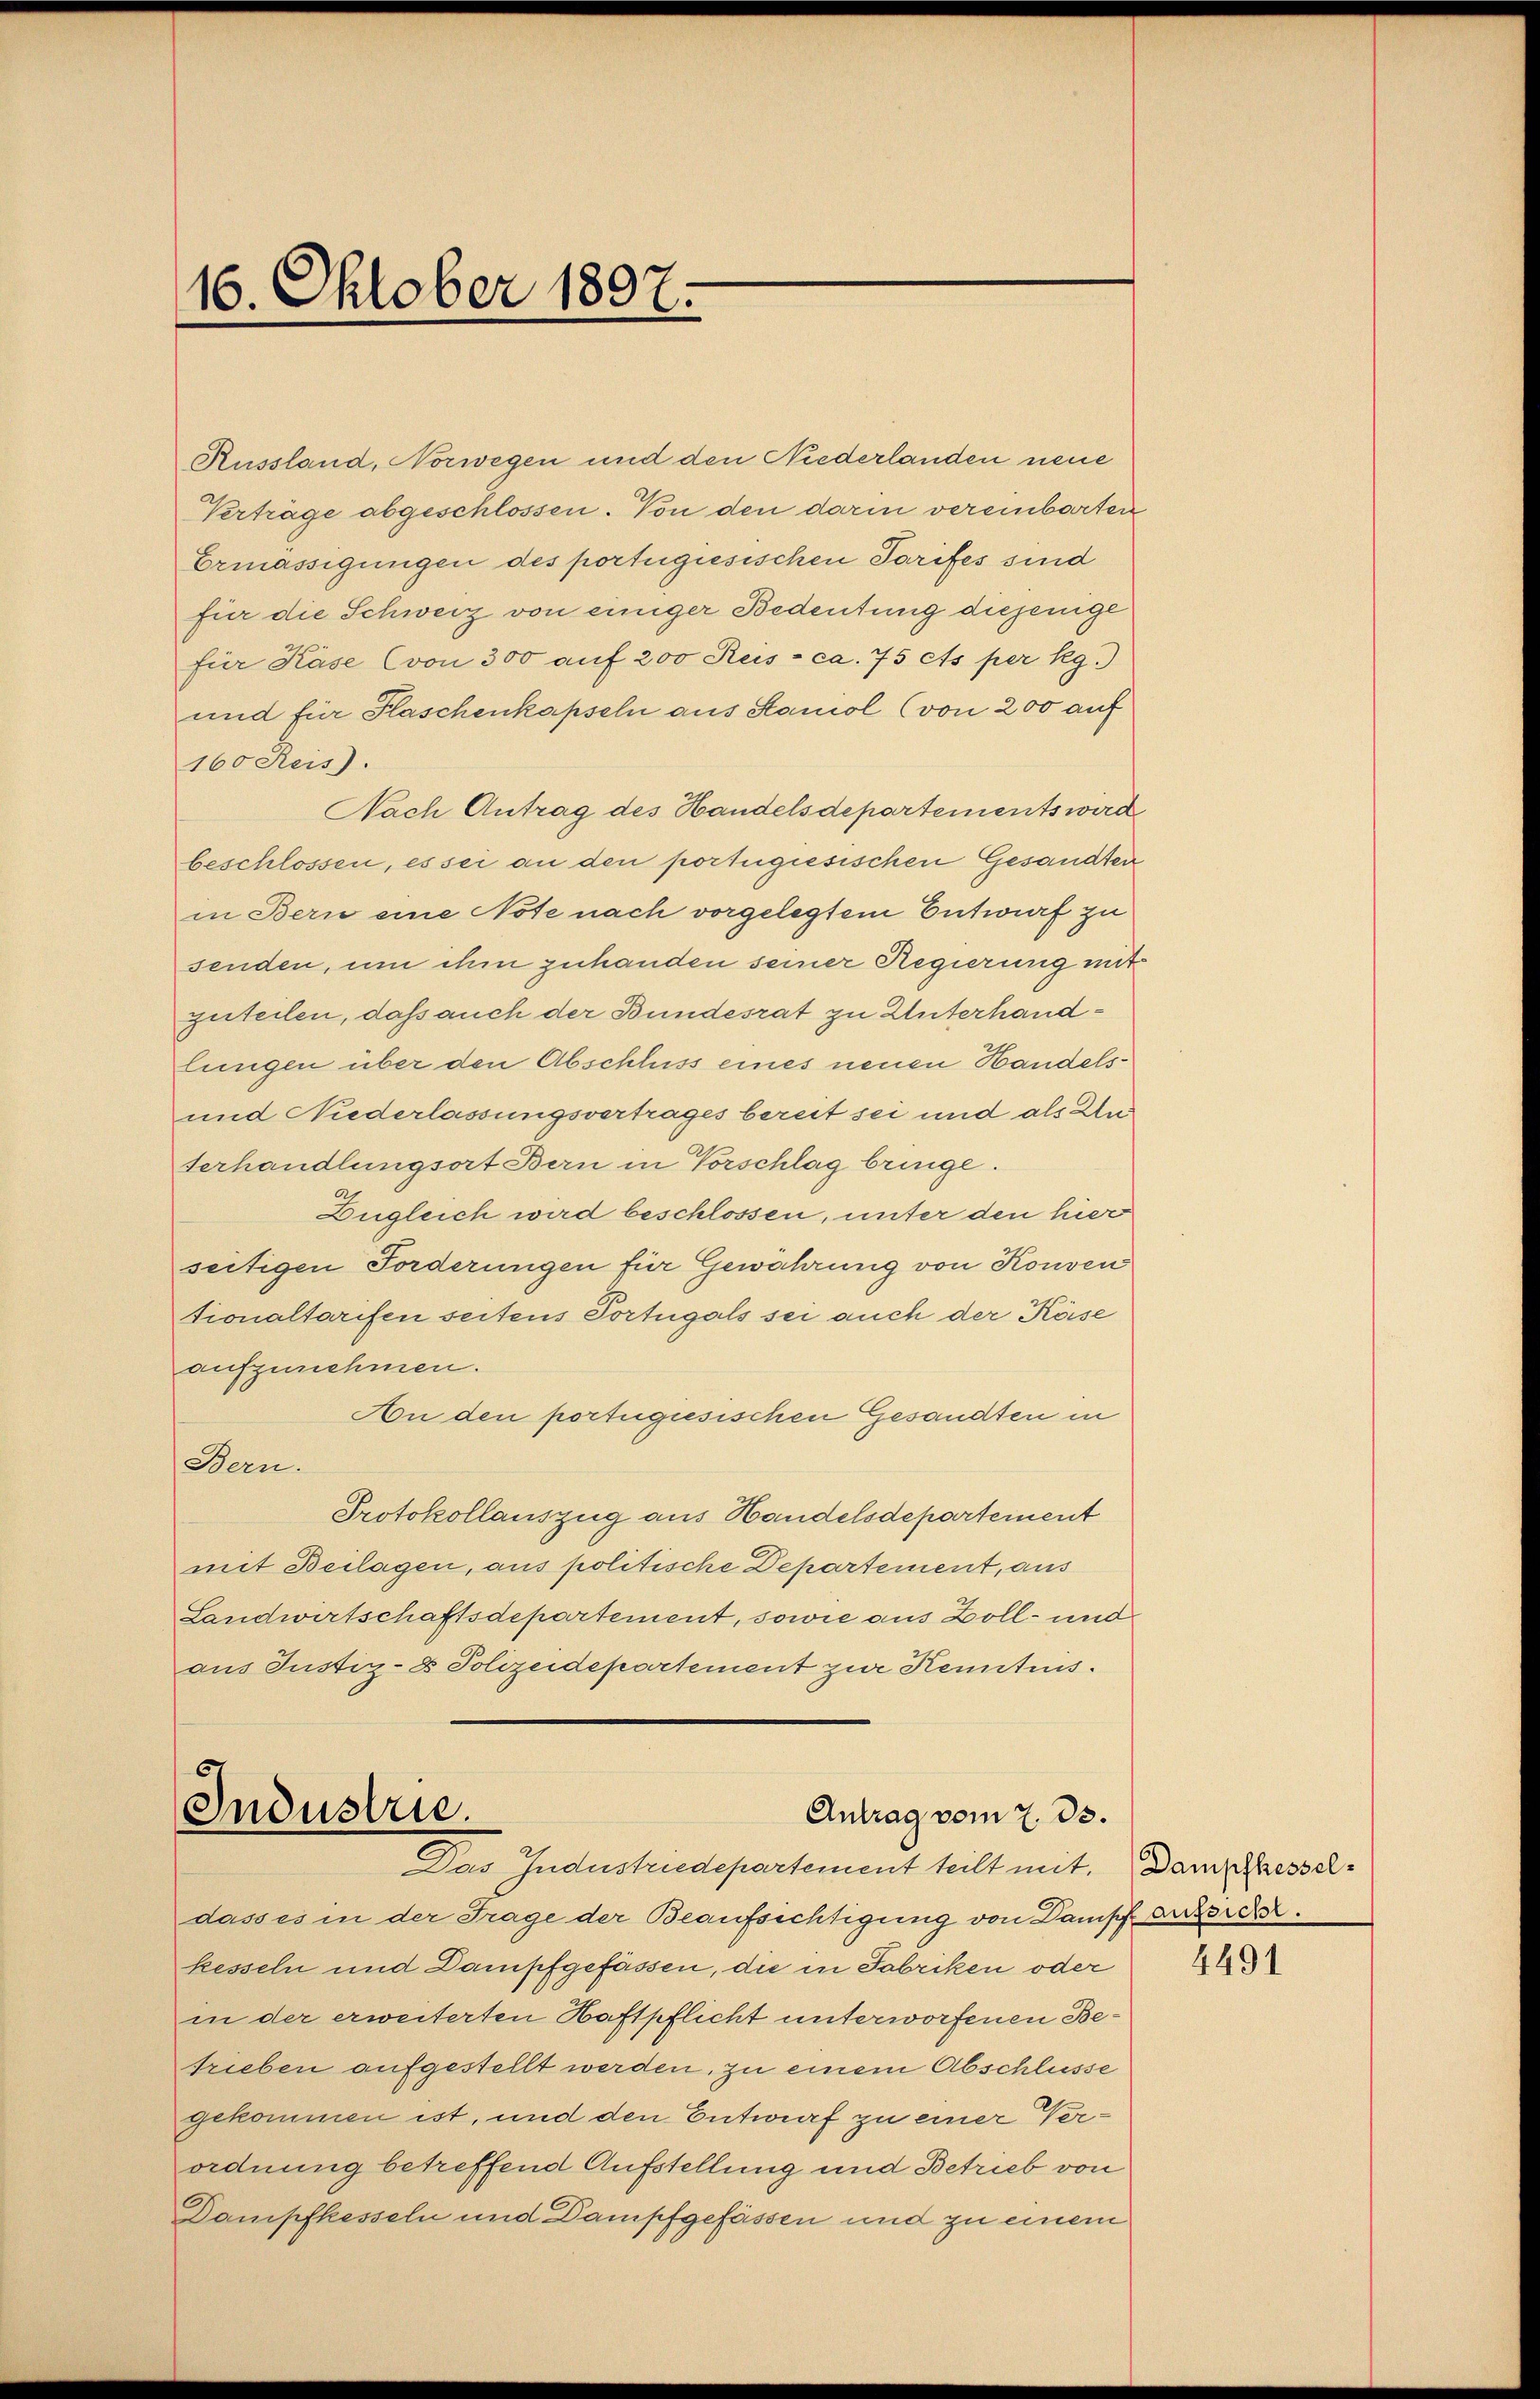
16. Oktober 1807.

Russland, Norwegen und den Niederlanden neue
Verträge abgeschlossen. Von den darin vereinbarten
Ermässigungen des portugisischen Tarifes sind
für die Schweiz von einiger Bedeutung diejenige
für Käse (von 300 auf 200 Rus - ca. 75 ets per kg.)
und für Haschenkapseln aus Samol (von 200 auf
160 Reis).
Nach Antrag des Handelsdepartements wird
beschlossen, es sei an den portugiesischen Gesandten
in Bern eine Note nach vorgelegtem Entwurf zu
senden, um ihm zuhanden seiner Regierung mit
zuteilen, daß auch der Bundesrat zu Unterhandlungen über den Abschluss eines neuen Handels¬
und Niderlassungsvertrages bereit sei und als Unterhandlungsort Bern in Vorschlag bringe.
Zugleich wird beschlossen, unter den hiers
seitigen Forderungen für Gewährung von Konven
tionaltarifen seitens Portugals sei auch der Kaise
aufzunehmen.
An den portugisischen Gesandten in
Bern.
Protokollauszug aus Handelsdepartement
mit Beilagen, aus politische Departement, aus
Landwirtschaftsdepartement, sowie aus Zoll- und
aus Justiz- & Polizeidepartement zur Kenntnis.

Industrie.
Antrag vom 7. ds.
Das Industriedepartement teilt mit. Dampfhessel¬

dass es in der Frage der Beaufsichtigung von Dampf aussich
kesseln und Dampfgefassen, die in Fabriken oder
in der erweiterten Haftpflicht unterworfenen Betrieben aufgestellt werden, zu einem Abschlüsse
gekommen ist, und den Entwurf zu einer Verordnung betreffend Aufstellung und Betrieb von
Dampfkesseln und Dampfgefassen und zu einem

4491